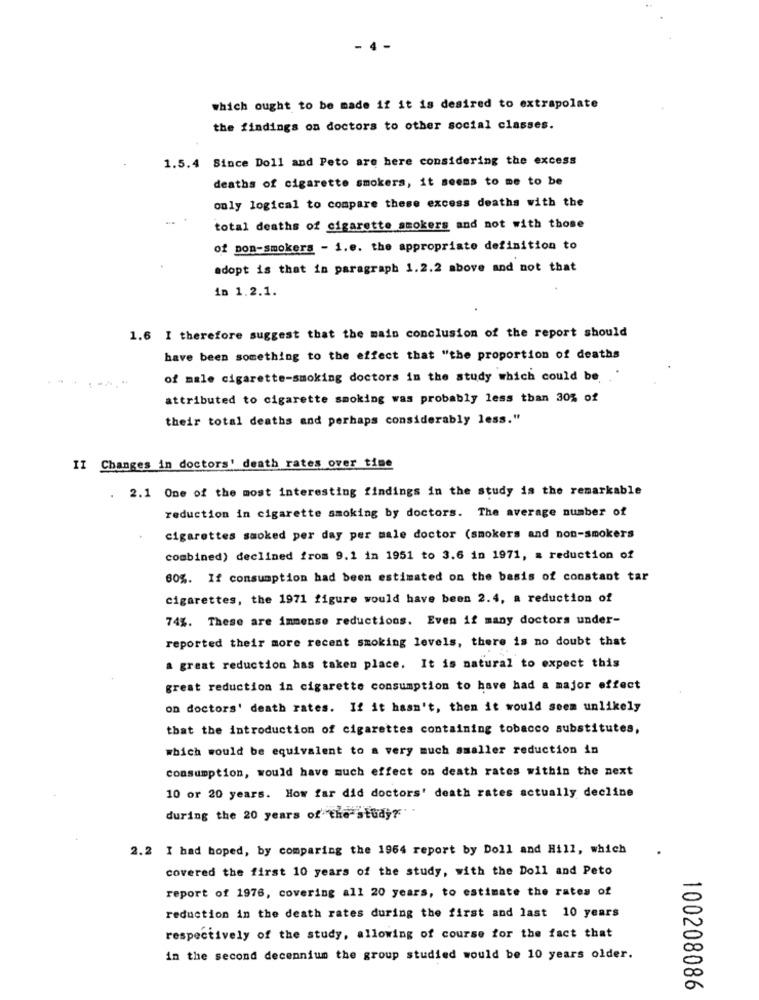
. 4 -
which ought to be made if it is desired to extrapolate
the findings on doctors to other social classes.
1.5.4 Since Doll and Peto are here considering the excess
deaths of cigarette smokers, it seems to me to be
only logical to compare these excess deaths with the
total deaths of cigarette smokers and not with those
of pon-smokers - 1.e. the appropriate definition to
adopt is that in paragraph 1.2.2 above and not that
in 1.2.1.
1.6 I therefore suggest that the main conclusion of the report should
have been something to the effect that "the proportion of deaths
of male cigarette-smoking doctors in the study which could be.
attributed to cigarette smoking was probably less than 30% of
their total deaths and perhaps considerably less."
II Changes in doctors' death rates over time
2.1 One of the most interesting findings in the study is the remarkable
reduction in cigarette smoking by doctors. The average number of
cigarettes smoked per day per male doctor (smokers and non-smokers
combined) declined from 9.1 in 1951 to 3.6 in 1971, a reduction of
60%. If consumption had been estimated on the basis of constant tar
cigarettes, the 1971 figure would have been 2.4, a reduction of
74%. These are immense reductions. Even if many doctors under-
reported their more recent smoking levels, there is no doubt that
a great reduction has taken place. It is natural to expect this
great reduction in cigarette consumption to have had a major effect
on doctors' death rates. If it hasn't, then it would seem unlikely
that the introduction of cigarettes containing tobacco substitutes,
which would be equivalent to a very much smaller reduction in
consumption, would have much effect on death rates within the next
10 or 20 years. How far did doctors' death rates actually decline
during the 20 years of the study?
2.2 I had hoped, by comparing the 1964 report by Doll and Hill, which
covered the first 10 years of the study, with the Doll and Peto
report of 1976, covering all 20 years, to estimate the rates of
reduction in the death rates during the first and last 10 years
respectively of the study, allowing of course for the fact that
in the second decennium the group studied would be 10 years older.
100208086